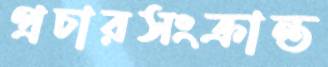
প্রচারসংক্রান্ত